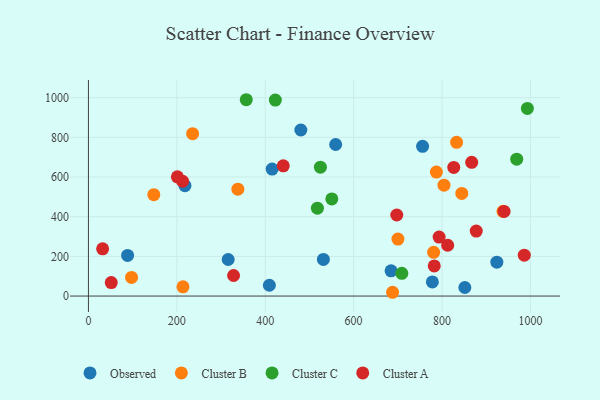
{"axis": {"x": "Distance", "y": "Demand"}, "legend": ["Cluster A", "Cluster B", "Cluster C", "Observed"], "data": [{"x": "684.8", "y": 127.1, "type": "Observed"}, {"x": "924.1", "y": 170.7, "type": "Observed"}, {"x": "415.7", "y": 640.3, "type": "Observed"}, {"x": "88.6", "y": 204.7, "type": "Observed"}, {"x": "851.7", "y": 43.1, "type": "Observed"}, {"x": "531.6", "y": 184.9, "type": "Observed"}, {"x": "480.6", "y": 837.0, "type": "Observed"}, {"x": "316.2", "y": 184.4, "type": "Observed"}, {"x": "756.1", "y": 754.9, "type": "Observed"}, {"x": "778.2", "y": 71.1, "type": "Observed"}, {"x": "559.4", "y": 764.0, "type": "Observed"}, {"x": "409.4", "y": 54.6, "type": "Observed"}, {"x": "218.4", "y": 556.5, "type": "Observed"}, {"x": "213.9", "y": 46.7, "type": "Cluster B"}, {"x": "147.9", "y": 511.2, "type": "Cluster B"}, {"x": "804.5", "y": 559.0, "type": "Cluster B"}, {"x": "844.8", "y": 517.3, "type": "Cluster B"}, {"x": "938.0", "y": 427.0, "type": "Cluster B"}, {"x": "787.3", "y": 625.0, "type": "Cluster B"}, {"x": "97.5", "y": 94.0, "type": "Cluster B"}, {"x": "235.7", "y": 818.3, "type": "Cluster B"}, {"x": "833.0", "y": 774.9, "type": "Cluster B"}, {"x": "700.3", "y": 287.1, "type": "Cluster B"}, {"x": "781.1", "y": 220.5, "type": "Cluster B"}, {"x": "338.1", "y": 538.9, "type": "Cluster B"}, {"x": "688.2", "y": 19.1, "type": "Cluster B"}, {"x": "550.7", "y": 489.4, "type": "Cluster C"}, {"x": "518.1", "y": 443.1, "type": "Cluster C"}, {"x": "993.2", "y": 945.9, "type": "Cluster C"}, {"x": "709.1", "y": 114.4, "type": "Cluster C"}, {"x": "524.9", "y": 649.7, "type": "Cluster C"}, {"x": "422.9", "y": 987.8, "type": "Cluster C"}, {"x": "357.1", "y": 989.6, "type": "Cluster C"}, {"x": "969.1", "y": 689.8, "type": "Cluster C"}, {"x": "867.2", "y": 674.1, "type": "Cluster A"}, {"x": "32.1", "y": 238.2, "type": "Cluster A"}, {"x": "328.4", "y": 103.6, "type": "Cluster A"}, {"x": "986.2", "y": 205.9, "type": "Cluster A"}, {"x": "440.8", "y": 656.2, "type": "Cluster A"}, {"x": "697.7", "y": 408.5, "type": "Cluster A"}, {"x": "812.9", "y": 256.0, "type": "Cluster A"}, {"x": "940.5", "y": 426.7, "type": "Cluster A"}, {"x": "213.1", "y": 578.8, "type": "Cluster A"}, {"x": "51.6", "y": 67.8, "type": "Cluster A"}, {"x": "877.5", "y": 327.6, "type": "Cluster A"}, {"x": "793.5", "y": 297.1, "type": "Cluster A"}, {"x": "826.6", "y": 648.2, "type": "Cluster A"}, {"x": "782.5", "y": 152.0, "type": "Cluster A"}, {"x": "201.3", "y": 600.9, "type": "Cluster A"}]}